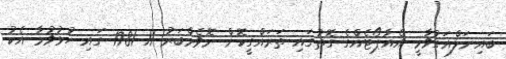
ބައިނަލްއަގުވާމީ އެއާޕޯޓެއްގެ ގޮތުގައި ތަރައްގީކޮށް ނޮވެމްބަރު 11 1981 ގައި ހުޅުވުމާ އެކު